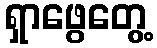
ရှာဖွေတွေ့